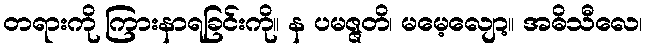
တရားကို ကြားနာရခြင်းကို။ န ပမဇ္ဇတိ၊ မမေ့လျော့။ အဓိသီလေ၊